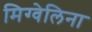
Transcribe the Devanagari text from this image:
मिग्वेलिना